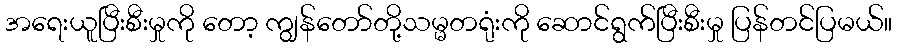
အရေးယူပြီးစီးမှုကို တော့ ကျွန်တော်တို့သမ္မတရုံးကို ဆောင်ရွက်ပြီးစီးမှု ပြန်တင်ပြမယ်။